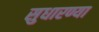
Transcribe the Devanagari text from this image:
सुधारण्या